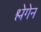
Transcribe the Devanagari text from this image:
श्लेगेन